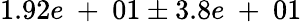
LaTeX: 1.92e\mathrm{~+~}01\pm 3.8e\mathrm{~+~}01